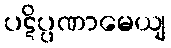
ပဋိပ္ပဏာမေယျ